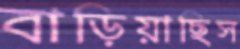
বাড়িয়াছিস